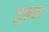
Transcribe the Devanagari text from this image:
गुज़रता।